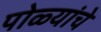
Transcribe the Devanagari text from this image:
पोळ्यांचे